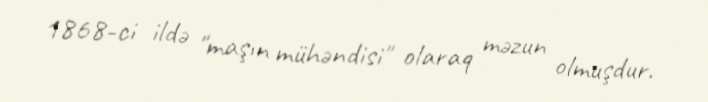
1868-ci ildə "maşın mühəndisi" olaraq məzun olmuşdur.